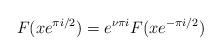
LaTeX: \begin{align*}F(xe^{\pi i/2})=e^{\nu \pi i}F(xe^{-\pi i/2}) \end{align*}